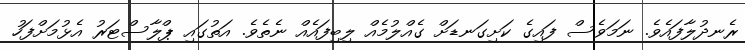
ރެނދުލާފައެވެ. ނަމަވެސް ފައިގެ ކަށިގަނޑަށް ގެއްލުމެއް ލިބިފައެއް ނެތެވެ. އަތުގައި ޕްލާސްޓަރު އެޅުމަށްފަހު